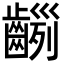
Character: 𪙂